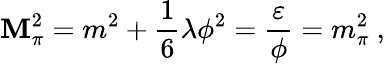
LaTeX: \mathbf{M}_{\pi}^{2}=m^{2}+\frac{{1}}{{6}}\lambda\phi^{2}=\frac{{\varepsilon}}{{\phi}}=m_{\pi}^{2}~,